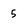
Character: 5